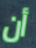
أن